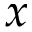
x